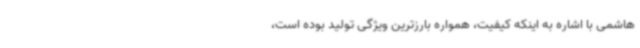
هاشمی با اشاره به اینکه کیفیت، همواره بارزترین ویژگی تولید بوده است،